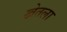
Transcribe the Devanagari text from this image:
खेतला